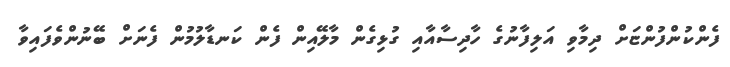
ފެންކުންފުންޏަށް ދިމާވި އަލިފާނުގެ ހާދިސާއާއި ގުޅިގެން މާލޭއިން ފެން ކަނޑާލުމުން ފެނަށް ބޭނުންވެފައިވާ